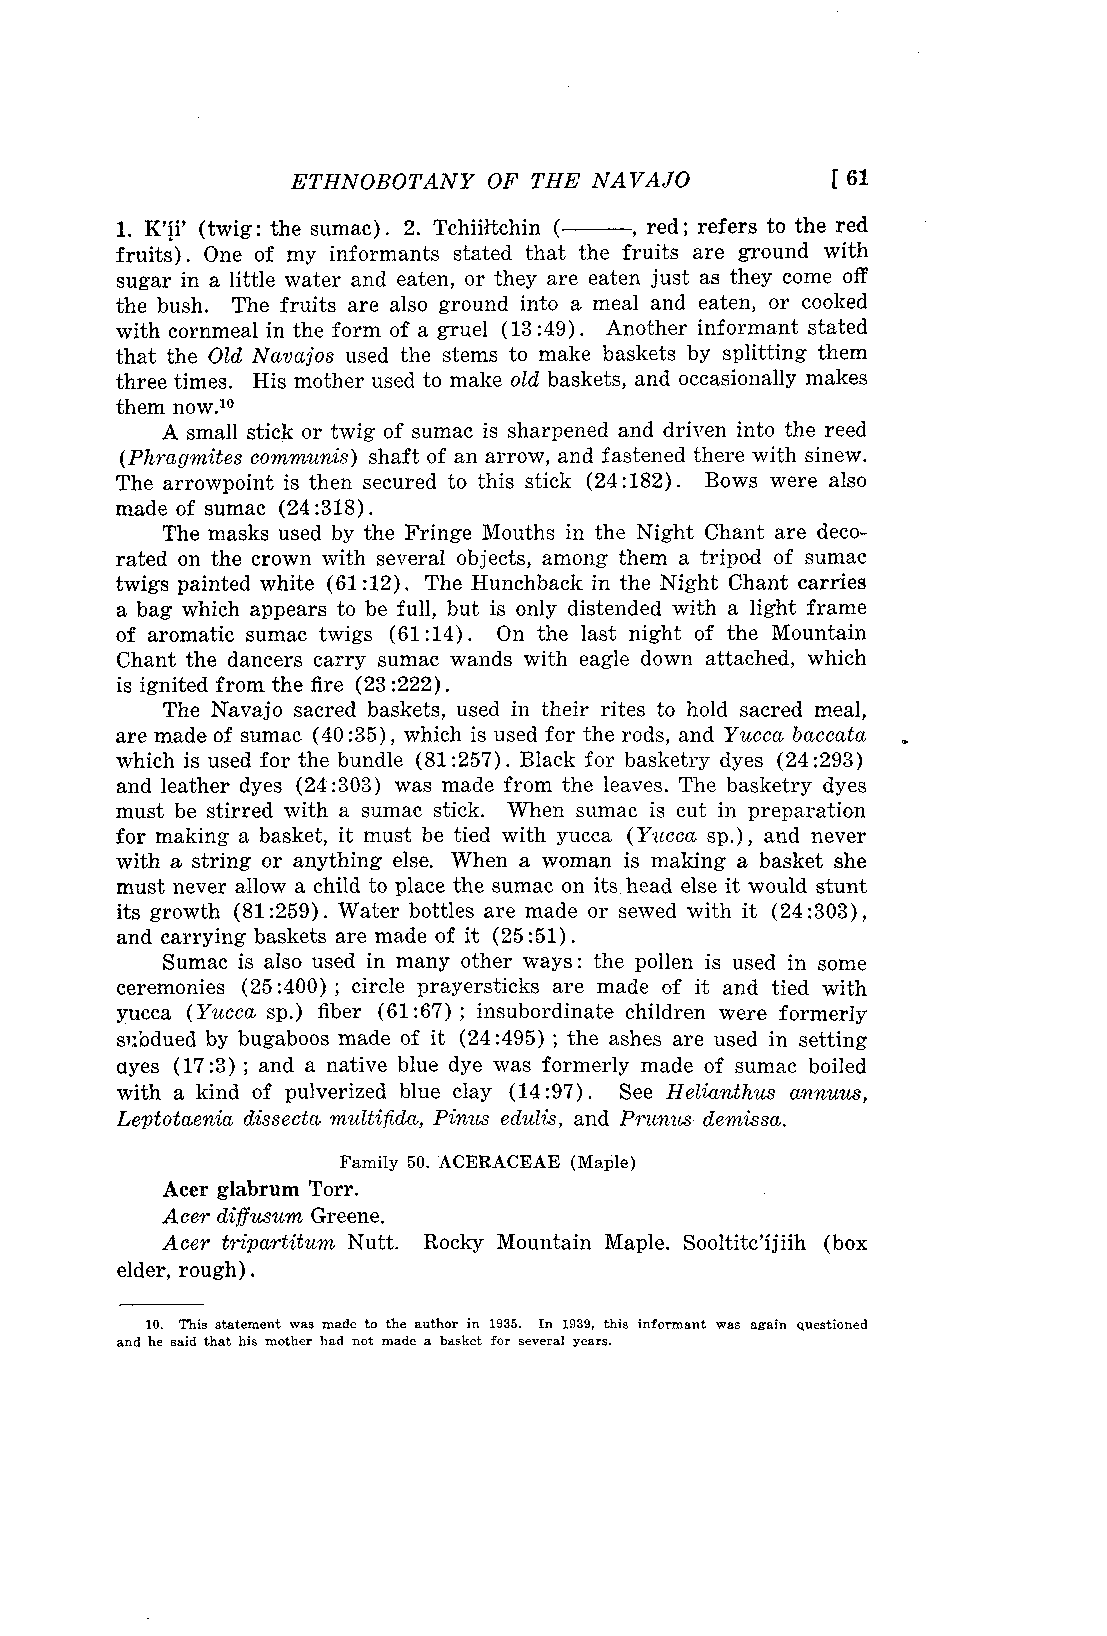
ETHNOBOTANY  OF THE NAVAJO          [ 61
 1. KIF (twig: the sumac). 2. Tchiiltchin ( , red ; refers to the red
 fruits). One of my informants stated that the fruits are ground with
 sugar in a little water and eaten, or they are eaten just as they come off
 the bush. The fruits are also ground into a meal and eaten, or cooked
 with cornmeal in the form of a gruel (13 :49). Another informant stated
 that the Old Navajos used the stems to make baskets by splitting them
 three times. His mother used to make old baskets, and occasionally makes
 them now."
 A small stick or twig of sumac is sharpened and driven into the reed
 (Phragmites communis) shaft of an arrow, and fastened there with sinew.
 The arrowpoint is then secured to this stick (24:182). Bows were also
 made of sumac (24:318).
 The masks used by the Fringe Mouths in the Night Chant are deco-
 rated on the crown with several objects, among them a tripod of sumac
 twigs painted white (61:12). The Hunchback in the Night Chant carries
 a bag which appears to be full, but is only distended with a light frame
 of aromatic sumac twigs (61:14). On the last night of the Mountain
 Chant the dancers carry sumac wands with eagle down attached, which
 is ignited from the fire (23 :222).
 The Navajo sacred baskets, used in their rites to hold sacred meal,
 are made of sumac (40:35), which is used for the rods, and Yucca baccata
 which is used for the bundle (81 :257). Black for basketry dyes (24:293)
 and leather dyes (24:303) was made from the leaves. The basketry dyes
 must be stirred with a sumac stick. When sumac is cut in preparation
 for making a basket, it must be tied with yucca (Yucca sp.), and never
 with a string or anything else. When a woman is making a basket she
 must never allow a child to place the sumac on its head else it would stunt
 its growth (81:259). Water bottles are made or sewed with it (24:303),
 and carrying baskets are made of it (25:51).
 Sumac is also used in many other ways : the pollen is used in some
 ceremonies (25:400) ; circle prayersticks are made of it and tied with
 yucca (Yucca sp.) fiber (61:67) ; insubordinate children were formerly
 su'odued by bugaboos made of it (24:495) ; the ashes are used in setting
 ayes (17:3) ; and a native blue dye was formerly made of sumac boiled
 with a kind of pulverized blue clay (14:97). See Helianthus annuus,
 Leptotaenia disse cta multifida, Pinus edulis, and Prunus demissa.
 Family 50. ACERACEAE (Maple)
 Acer glabrum Torr.
 Acer diffusum Greene.
 Acer tripartitum Nutt. Rocky Mountain Maple. Sooltitc'ijiih (box
 elder, rough).
 10. This statement was made to the author in 1935. In 1939, this informant was again questioned
 and he said that his mother had not made a basket for several years.